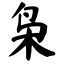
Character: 枭